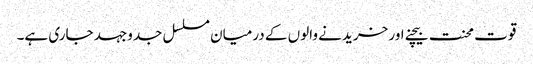
قوت محنت بیچنے اور خریدنے والوں کے درمیان مسلسل جدوجہد جاری ہے۔